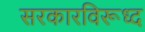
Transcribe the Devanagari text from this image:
सरकारविरूध्द